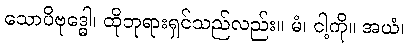
သောပိဗုဒ္ဓေါ၊ ထိုဘုရားရှင်သည်လည်း။ မံ၊ ငါ့ကို။ အယံ၊